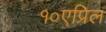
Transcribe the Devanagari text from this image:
१०एप्रिल